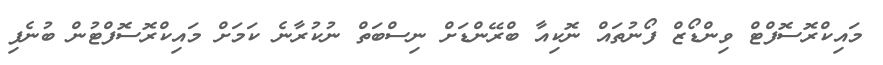
މައިކްރޮސޮފްޓް ވިންޑޯޒް ފޯނުތައް ނޮކިއާ ބްރޭންޑަށް ނިސްބަތް ނުކުރާނެ ކަމަށް މައިކްރޮސޮފްޓުން ބުނެފި